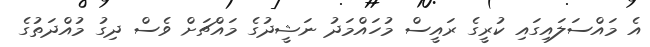
އެ މައްސަލައިގައި ކުރީގެ ރައީސް މުހައްމަދު ނަޝީދުގެ މައްޗަށް ވެސް ދިގު މުއްދަތުގެ